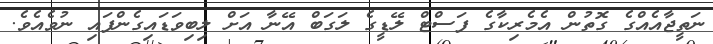
ނަތީޖާއެއްގެ ގޮތުން އެމެރިކާގެ ފަސްޓް ލޭޑީގެ ލަގަބް އޭނާ އަށް ލިބިވަޑައިގެންފައި ނުވެއެވެ.